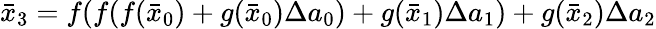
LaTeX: \bar{x}_{3}=f(f(f(\bar{x}_{0})+g(\bar{x}_{0})\Delta a_{0})+g(\bar{x}_{1})\Delta a_{1})+g(\bar{x}_{2})\Delta a_{2}